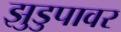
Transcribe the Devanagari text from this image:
झुडुपावर